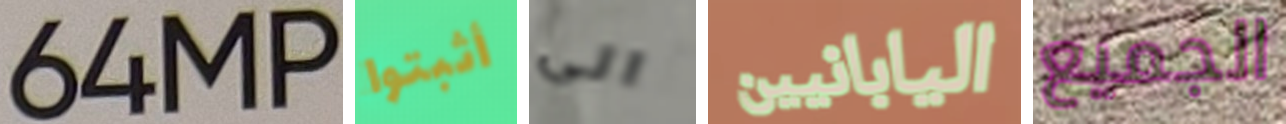
64MP أثبتوا الى اليابانيين الجميع